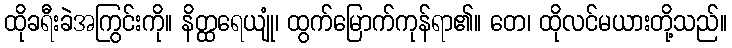
ထိုခရီးခဲအကြွင်းကို။ နိတ္ထရေယျုံ၊ ထွက်မြောက်ကုန်ရာ၏။ တေ၊ ထိုလင်မယားတို့သည်။